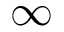
\infty